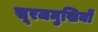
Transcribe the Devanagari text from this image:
सूरजमुखियों